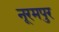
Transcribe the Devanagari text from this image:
नूरमपुर